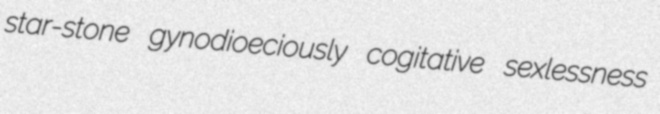
star-stone gynodioeciously cogitative sexlessness